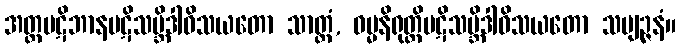
အတ္ထပဋိဘာနပဋိသမ္ဘိဒါဝိသယတော သာတ္ထံ, ဓမ္မနိရုတ္တိပဋိသမ္ဘိဒါဝိသယတော သဗျဉ္ဇနံ။